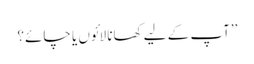
’’آپ کے لیے کھانا لائوں یا چائے؟